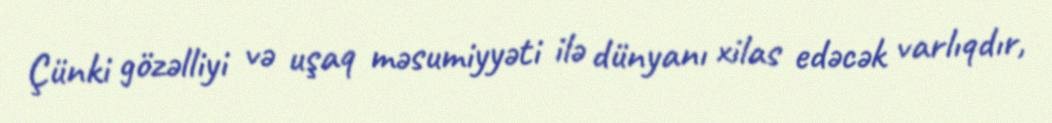
Çünki gözəlliyi və uşaq məsumiyyəti ilə dünyanı xilas edəcək varlıqdır,